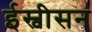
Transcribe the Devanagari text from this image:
ईस्वीसन